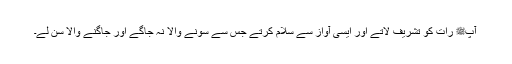
آپﷺ رات کو تشریف لاتے اور ایسی آواز سے سلام کرتے جس سے سونے والا نہ جاگے اور جاگنے والا سن لے۔